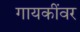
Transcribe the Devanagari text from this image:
गायकींवर